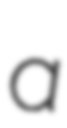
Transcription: a